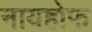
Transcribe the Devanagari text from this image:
नायहोफ